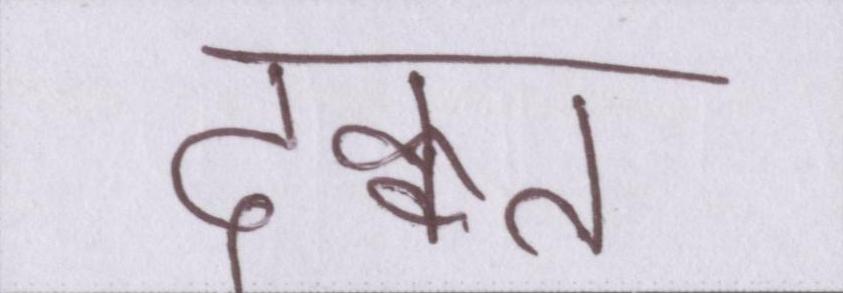
दिक्कत